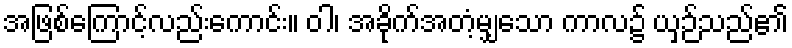
အဖြစ်ကြောင့်လည်းကောင်း။ ဝါ၊ အခိုက်အတံ့မျှသော ကာလ၌ ယှဉ်သည်၏